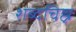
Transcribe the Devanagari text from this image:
शब्दचिह्न